Annual administration report of the Civil Veterinary Department of India - 1893-1894
Year: 1893
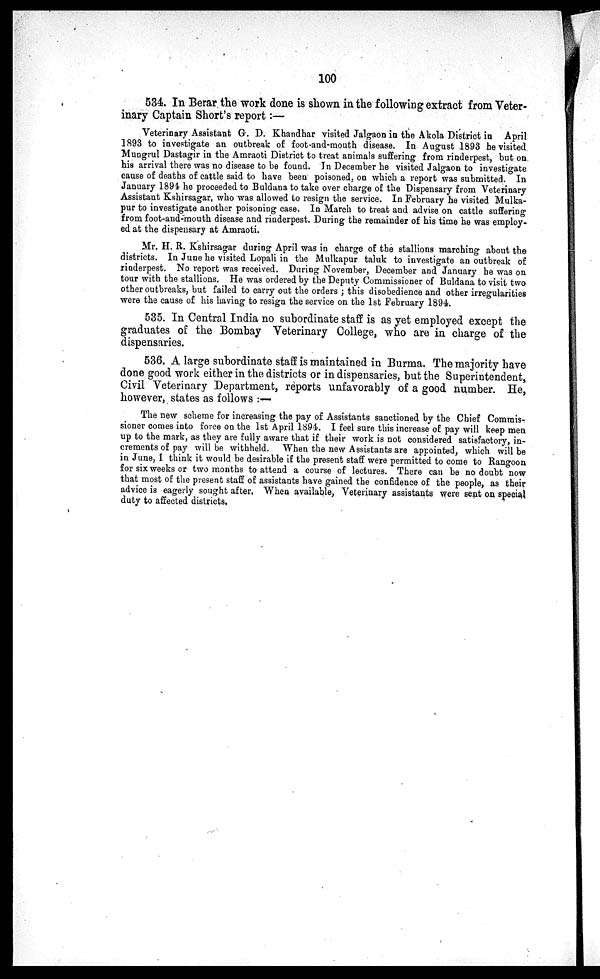
100
534. In Berar the work done is shown in the following extract from Veter-
inary Captain Short's report:—
Veterinary Assistant G. D. Khandhar visited Jalgaon in the Akola District in April
1893 to investigate an outbreak of foot-and-mouth disease. In August 1893 he visited
Mungrul Dastagir in the Amraoti District to treat animals suffering from rinderpest, but on
his arrival there was no disease to be found. In December he visited Jalgaon to investigate
cause of deaths of cattle said to have been poisoned, on which a report was submitted. In
January 1894 he proceeded to Buldana to take over charge of the Dispensary from Veterinary
Assistant Kshirsagar, who was allowed to resign the service. In February he visited Mulka-
pur to investigate another poisoning case. In March to treat and advise on cattle suffering
from foot-and-mouth disease and rinderpest. During the remainder of his time he was employ-
ed at the dispensary at Amraoti.
Mr. H. R. Kshirsagar during April was in charge of the stallions marching about the
districts. In June he visited Lopali in the Mulkapur taluk to investigate an outbreak of
rinderpest. No report was received. During November, December and January he was on
tour with the stallions. He was ordered by the Deputy Commissioner of Buldana to visit two
other outbreaks, but failed to carry out the orders ; this disobedience and other irregularities
were the cause of his having to resign the service on the 1st February 1894.
535. In Central India no subordinate staff is as yet employed except the
graduates of the Bombay Veterinary College, who are in charge of the
dispensaries.
536. A large subordinate staff is maintained in Burma. The majority have
done good work either in the districts or in dispensaries, but the Superintendent,
Civil Veterinary Department, reports unfavorably of a good number. He,
however, states as follows :—
The new scheme for increasing the pay of Assistants sanctioned by the Chief Commis-
sioner comes into force on the 1st April 1894. I feel sure this increase of pay will keep men
up to the mark, as they are fully aware that if their work is not considered satisfactory, in-
crements of pay will be withheld. When the new Assistants are appointed, which will be
in June, I think it would be desirable if the present staff were permitted to come to Rangoon,
for six weeks or two months to attend a course of lectures. There can be no doubt now
that most of the present staff of assistants have gained the confidence of the people, as their
advice is eagerly sought after. When available, Veterinary assistants were sent on special
duty to affected districts.